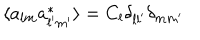
LaTeX: \langle a _ { l m } a _ { l ^ { \prime } m ^ { \prime } } ^ { * } \rangle = C _ { l } \delta _ { l l ^ { \prime } } \delta _ { m m ^ { \prime } }